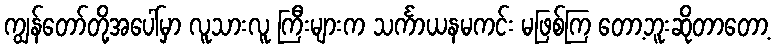
ကျွန်တော်တို့အပေါ်မှာ လူသားလူ ကြီးများက သင်္ကာယနမကင်း မဖြစ်ကြ တော့ဘူးဆိုတာတော့